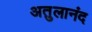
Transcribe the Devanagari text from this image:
अतुलानंद